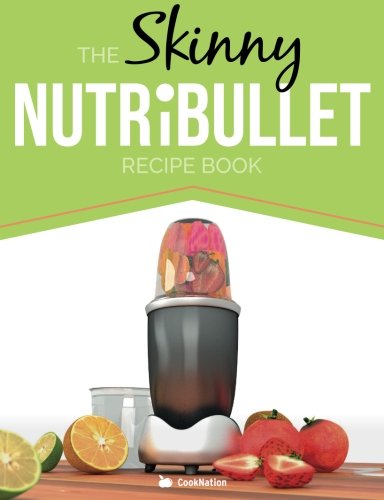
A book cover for The Skinny NUTRiBULLET Recipe Book: 80+ Delicious & Nutritious Healthy Smoothie Recipes. Burn Fat, Lose Weight and Feel Great!; CookNation; Cookbooks, Food & Wine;